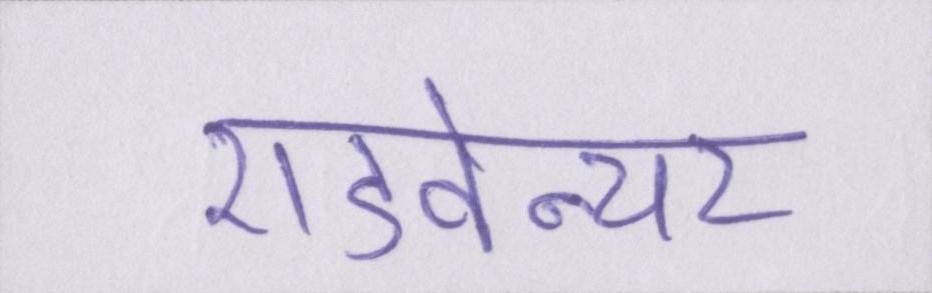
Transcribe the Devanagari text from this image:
एडवेन्चर